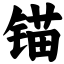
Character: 锚